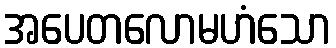
အပေတလောမဟံသော